General report no. 6 on the lunatic asylums, vaccination and dispensaries in the Bengal Presidency, 1873 -
Year: 1873
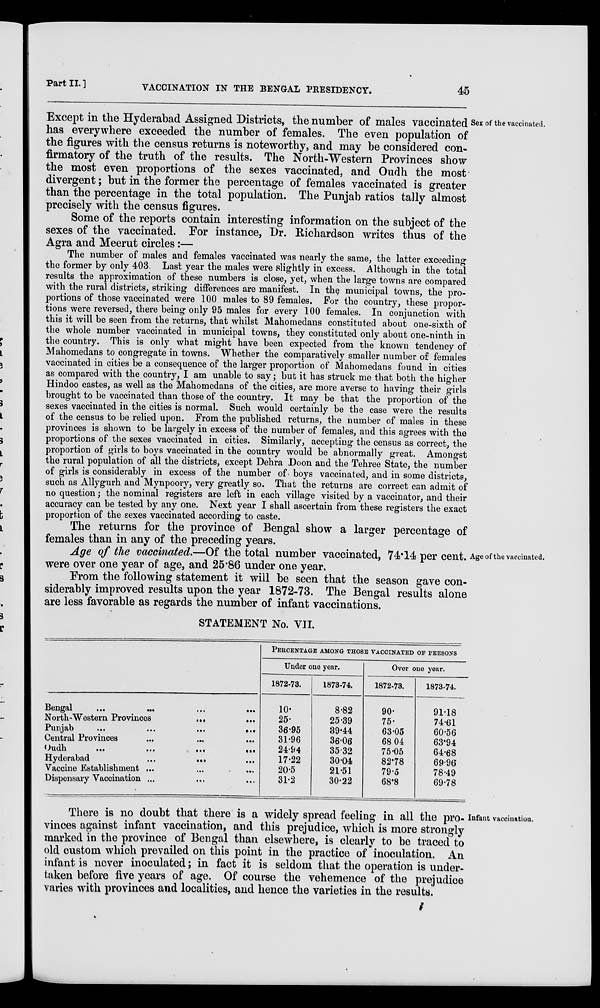
Part II. ]
VACCINATION IN THE BENGAL PRESIDENCY.
45
Sex of the vaccinated.
Except in the Hyderabad Assigned Districts, the number of males vaccinated
has everywhere exceeded the number of females. The even population of
the figures with the census returns is noteworthy, and may be considered con-
firmatory of the truth of the results. The North-Western Provinces show
the most even proportions of the sexes vaccinated, and Oudh the most
divergent; but in the former the percentage of females vaccinated is greater
than the percentage in the total population. The Punjab ratios tally almost
precisely with the census figures.
Some of the reports contain interesting information on the subject of the
sexes of the vaccinated. For instance, Dr. Richardson writes thus of the
Agra and Meerut circles:—
The number of males and females vaccinated was nearly the same, the latter exceeding
the former by only 403. Last year the males were slightly in excess. Although in the total
results the approximation of these numbers is close, yet, when the large towns are compared
with the rural districts, striking differences are manifest. In the municipal towns, the pro-
portions of those vaccinated were 100 males to 89 females. For the country, these propor-
tions were reversed, there being only 95 males for every 100 females. In conjunction with
this it will be seen from the returns, that whilst Mahomedans constituted about one-sixth of
the whole number vaccinated in municipal towns, they constituted only about one-ninth in
the country. This is only what might have been expected from the known tendency of
Mahomedans to congregate in towns. Whether the comparatively smaller number of females
vaccinated in cities be a consequence of the larger proportion of Mahomedans found in cities
as compared with the country, I am unable to say; but it has struck me that both the higher
Hindoo castes, as well as the Mahomedans of the cities, are more averse to having their girls
brought to be vaccinated than those of the country. It may be that the proportion of the
sexes vaccinated in the cities is normal. Such would certainly be the case were the results
of the census to be relied upon. From the published returns, the number of males in these
provinces is shown to be largely in excess of the number of females, and this agrees with the
proportions of the sexes vaccinated in cities. Similarly, accepting the census as correct, the
proportion of girls to boys vaccinated in the country would be abnormally great. Amongst
the rural population of all the districts, except Dehra Doon and the Tehree State, the number
of girls is considerably in excess of the number of. boys vaccinated, and in some districts,
such as Allygurh and Mynpoory, very greatly so. That the returns are correct can admit of
no question; the nominal registers are left in each village visited by a vaccinator, and their
accuracy can be tested by any one. Next year I shall ascertain from these registers the exact
proportion of the sexes vaccinated according to caste.
The returns for the province of Bengal show a larger percentage of
females than in any of the preceding years.
Age of the vaccinated.
Age of the vaccinated.—Of the total number vaccinated, 74.14 per cent.
were over one year of age, and 25.86 under one year.
From the following statement it will be seen that the season gave con-
siderably improved results upon the year 1872-73. The Bengal results alone
are less favorable as regards the number of infant vaccinations.
STATEMENT No. VII.
Bengal
...
...
...
North-Western Provinces
... ...
Punjab
...
...
...
...
Central Provinces ... ... ...
Oudh.
...
...
...
...
Hyderabad
...
...
...
Vaccine Establishment ... ... ...
Dispensary Vaccination ... ... ...
PERCENTAGE AMONG THOSE VACCINATED OF PERSONS
Under one year.
1872-73.
10.
25.
36.95
31.96
24.94
17.22
20.5
31.2
1873-74.
8.82
25.39
39.44
36.06
35.32
30.04
21.51
30.22
Over one year.
1872-73.
90.
75.
63.05
68.04
75.05
82.78
79.5
68.8
1873-74.
91.18
74.61
60.56
63.94
64.68
69.96
78.49
69.78
Infant vaccination.
There is no doubt that there is a widely spread feeling in all the pro-
vinces against infant vaccination, and this prejudice, which is more strongly-
marked in the province of Bengal than elsewhere, is clearly to be traced to
old custom which prevailed on this point in the practice of inoculation. An
infant is never inoculated; in fact it is seldom that the operation is under-
taken before five years of age. Of course the vehemence of the prejudice
varies with provinces and localities, and hence the varieties in the results.